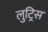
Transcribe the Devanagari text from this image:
लुट्रिस